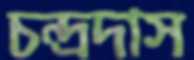
চন্দ্রদাস